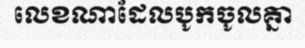
លេខណាដែលបូកចូលគ្នា